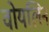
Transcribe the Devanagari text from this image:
वोयलिन